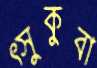
ত্সুকুবা